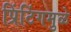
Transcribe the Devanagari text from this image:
प्रिंटिंगमुळे